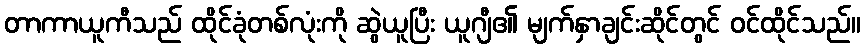
တာကာယူကီသည် ထိုင်ခုံတစ်လုံးကို ဆွဲယူပြီး ယူဂျီ၏ မျက်နှာချင်းဆိုင်တွင် ဝင်ထိုင်သည်။